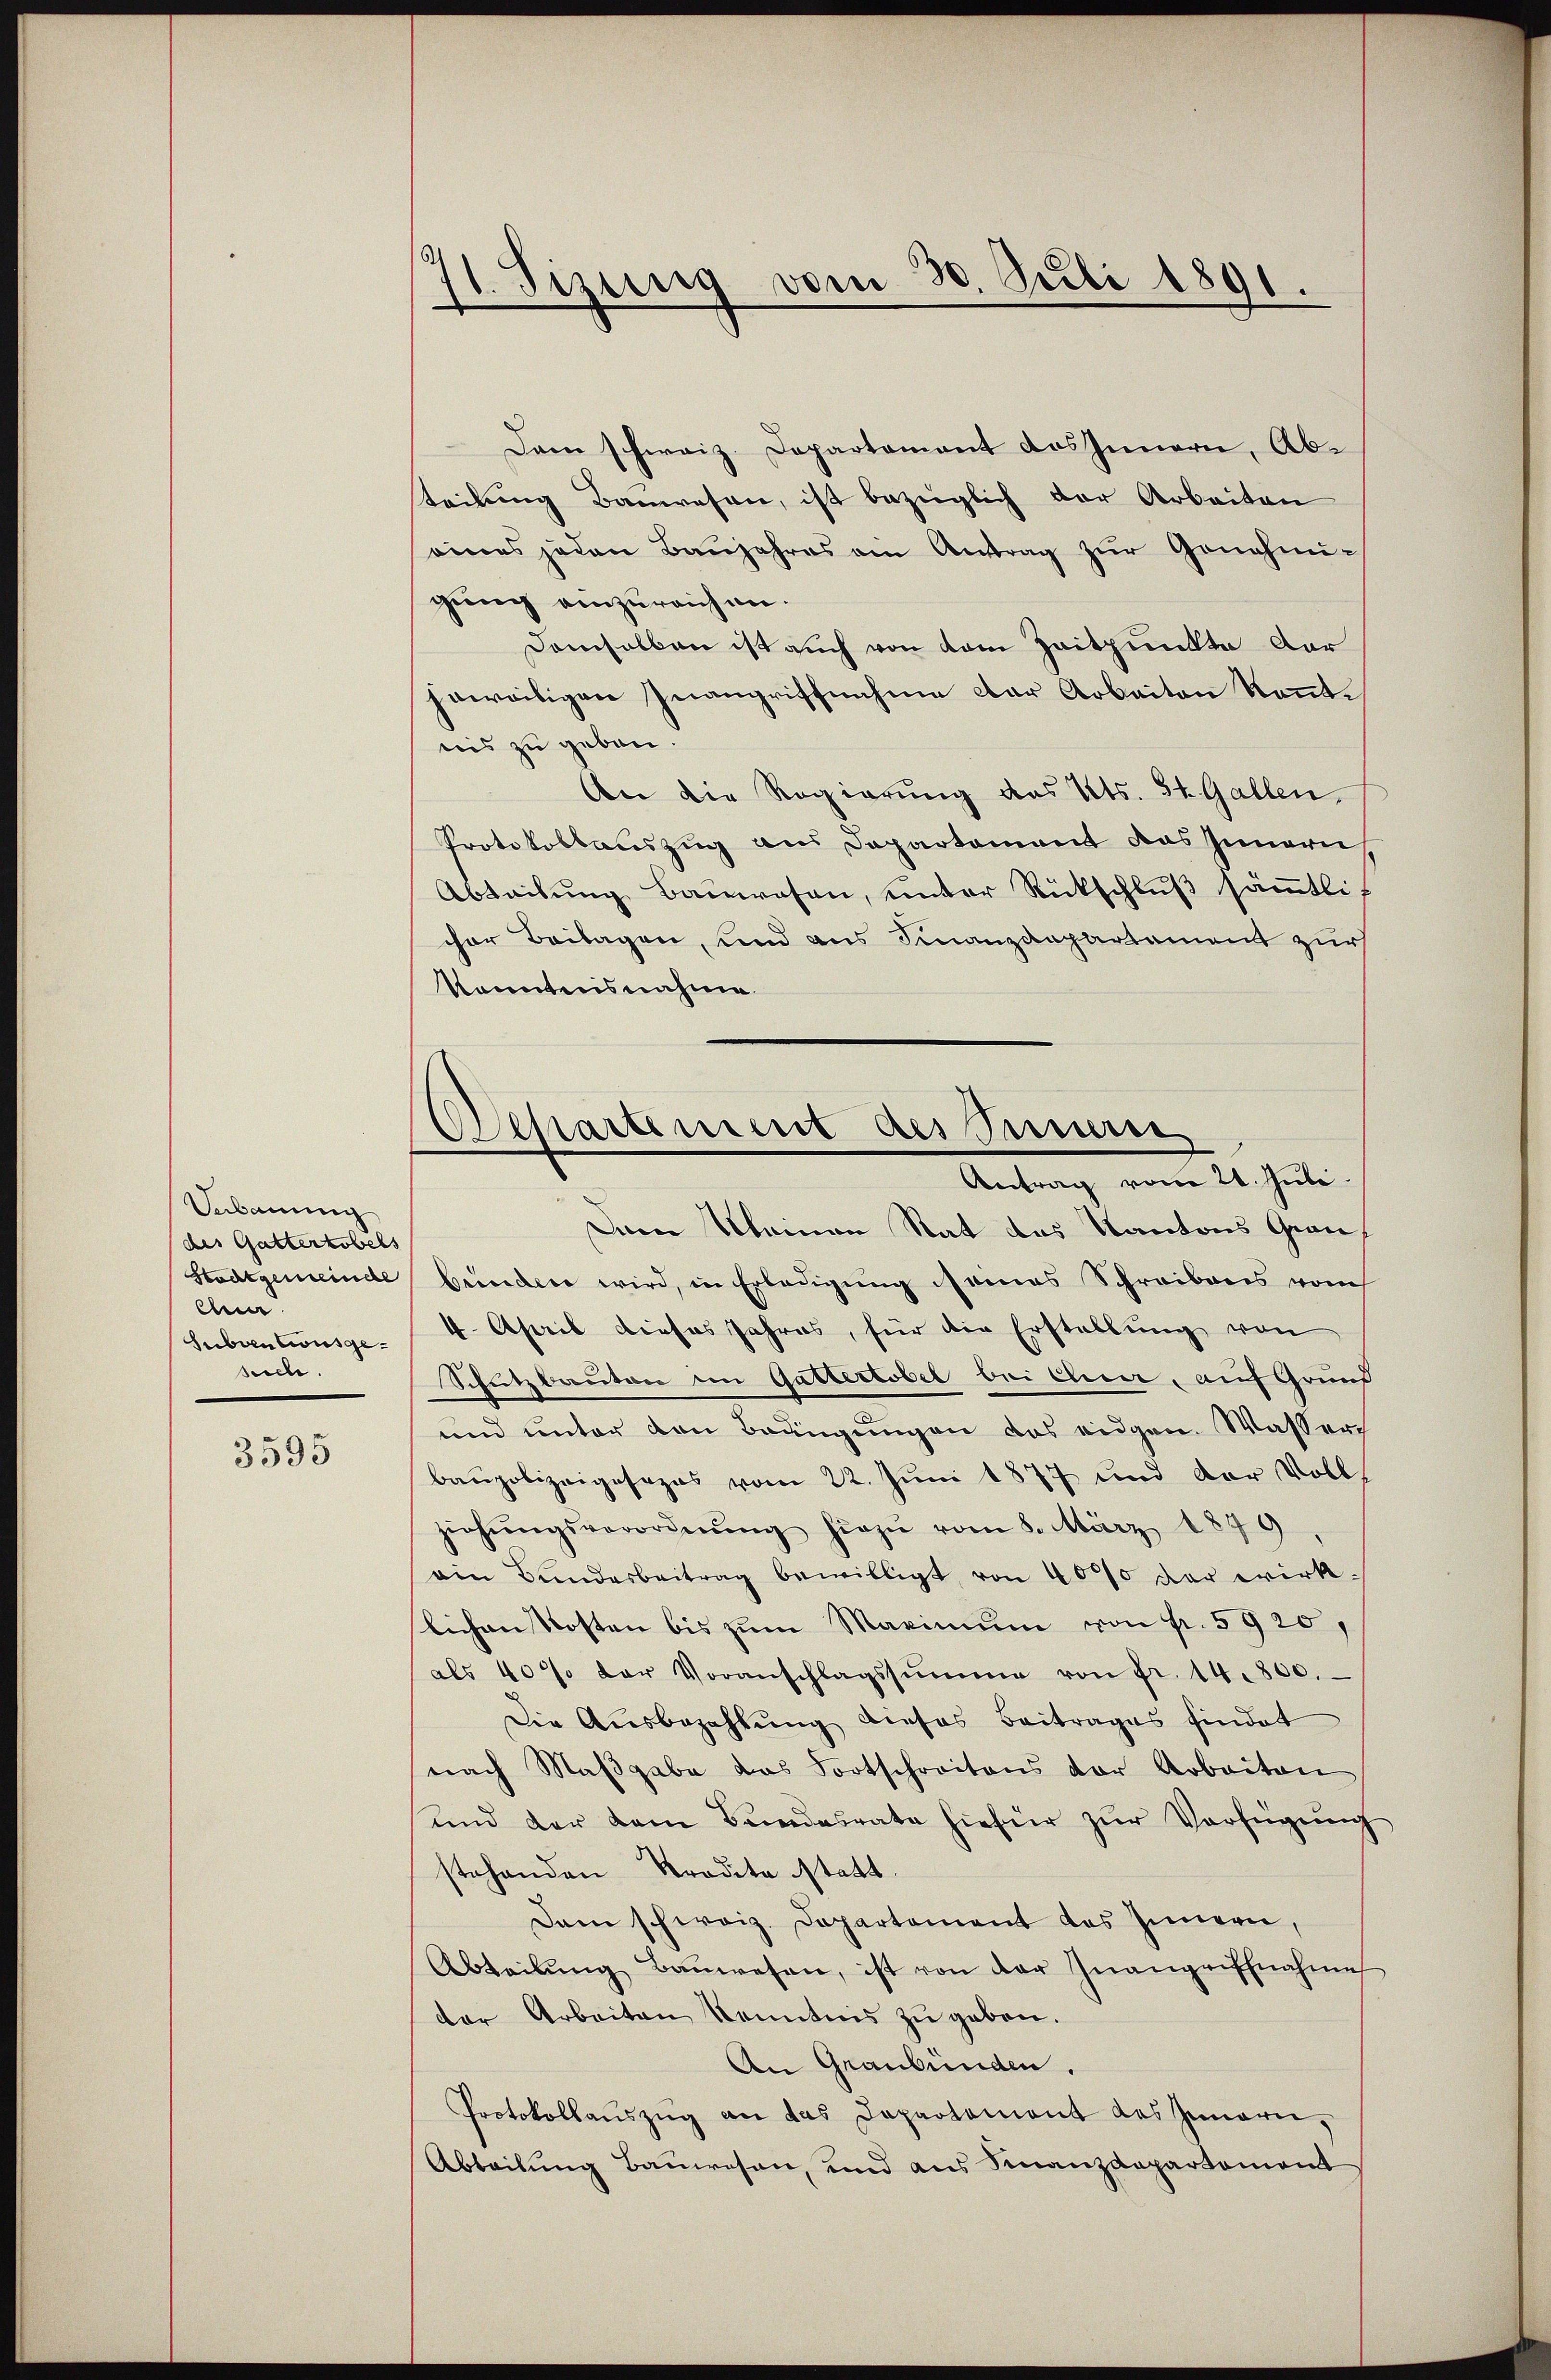
Vebauung
des Gattertobels
Stachtgemeinde
ehen.
Subventausge
suche.

3595

Sizung vom 30. Juli 1891.

Dann schweiz. Departament das Innern, Abteilung Bauwesen, ist bezüglich der Arbeiten
eines jeden Baŭjahres am Antrag zŭr Genehmi-
gung einzureichen.
Demselben ist auch von dem Zeitpunkte dor
jeweitigen Inangriffnahme der Arbeiten kanntnis zu geben.
An die Regierung des Kts. 34. Gallen.
Protokollauszug aus Departement das Innern
Abteilung Bauwesen, unter Rückschluß sämmtlis
cher Beilagen, und aus Finanzdepartement zur
Konntensnahme
Dem Kleinen Rat des Kantons Graubunden wird, in Erledigung seines Schreibens vom
4. April dieses Jahres, für die Erstellung von
Schutzbauten im Gattertober beichen, auf Grund
und unter den Bedingungen das eidgen. Wasser
baupolizeigesezes vom 22. Juni 1877 und der Voll
ziehŭngsverordnŭng hiezu vom 8. März 1879
ain Bundesbeitrag bewilligt, von 400 der wirk-
slichen Kosten bis zum Maximum von fr. 5920,
als 40% der Voranschlagssumme von Fr. 14. 300.
Die Ausbezahlung dieses Beitrages findet
nach Maβgabe das Fortschreitens der Arbeiten
und der dem Bandesrate hiefür zŭr Verfügŭng
stehenden Prodita statt.
Dem schweiz. Departement des Innern,
Abteilŭng Baŭwesen, ist von der Inangriffnahme
der Arbeiten kenntnis zu geben.
An Graubünden.
Protokollaŭszŭg an das Departement des Innern,
Abteilung Bauwesen, und aus Finanzdepartement

Departement des Perun
Antrag vom 21. Juli